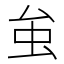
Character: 𧈧